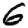
Digit: 6